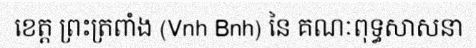
ខេត្ត ព្រះត្រពាំង (Vnh Bnh) នៃ គណៈពុទ្ធសាសនា